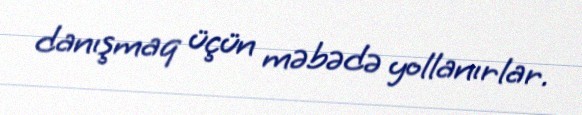
danışmaq üçün məbədə yollanırlar.